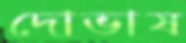
দোভাষ